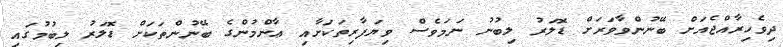
ދިވެހިރާއްޖެއަށް ބޭނުންވާވަރަށް ޑޮލަރު ލިބުނު ނަމަވެސް ވިޔަފާރިތަކަށާއި ޢާންމުންގެ ބޭނުންތަކަށް ޑޮލަރު ލިބުމުގައި